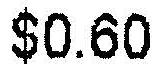
$0.60